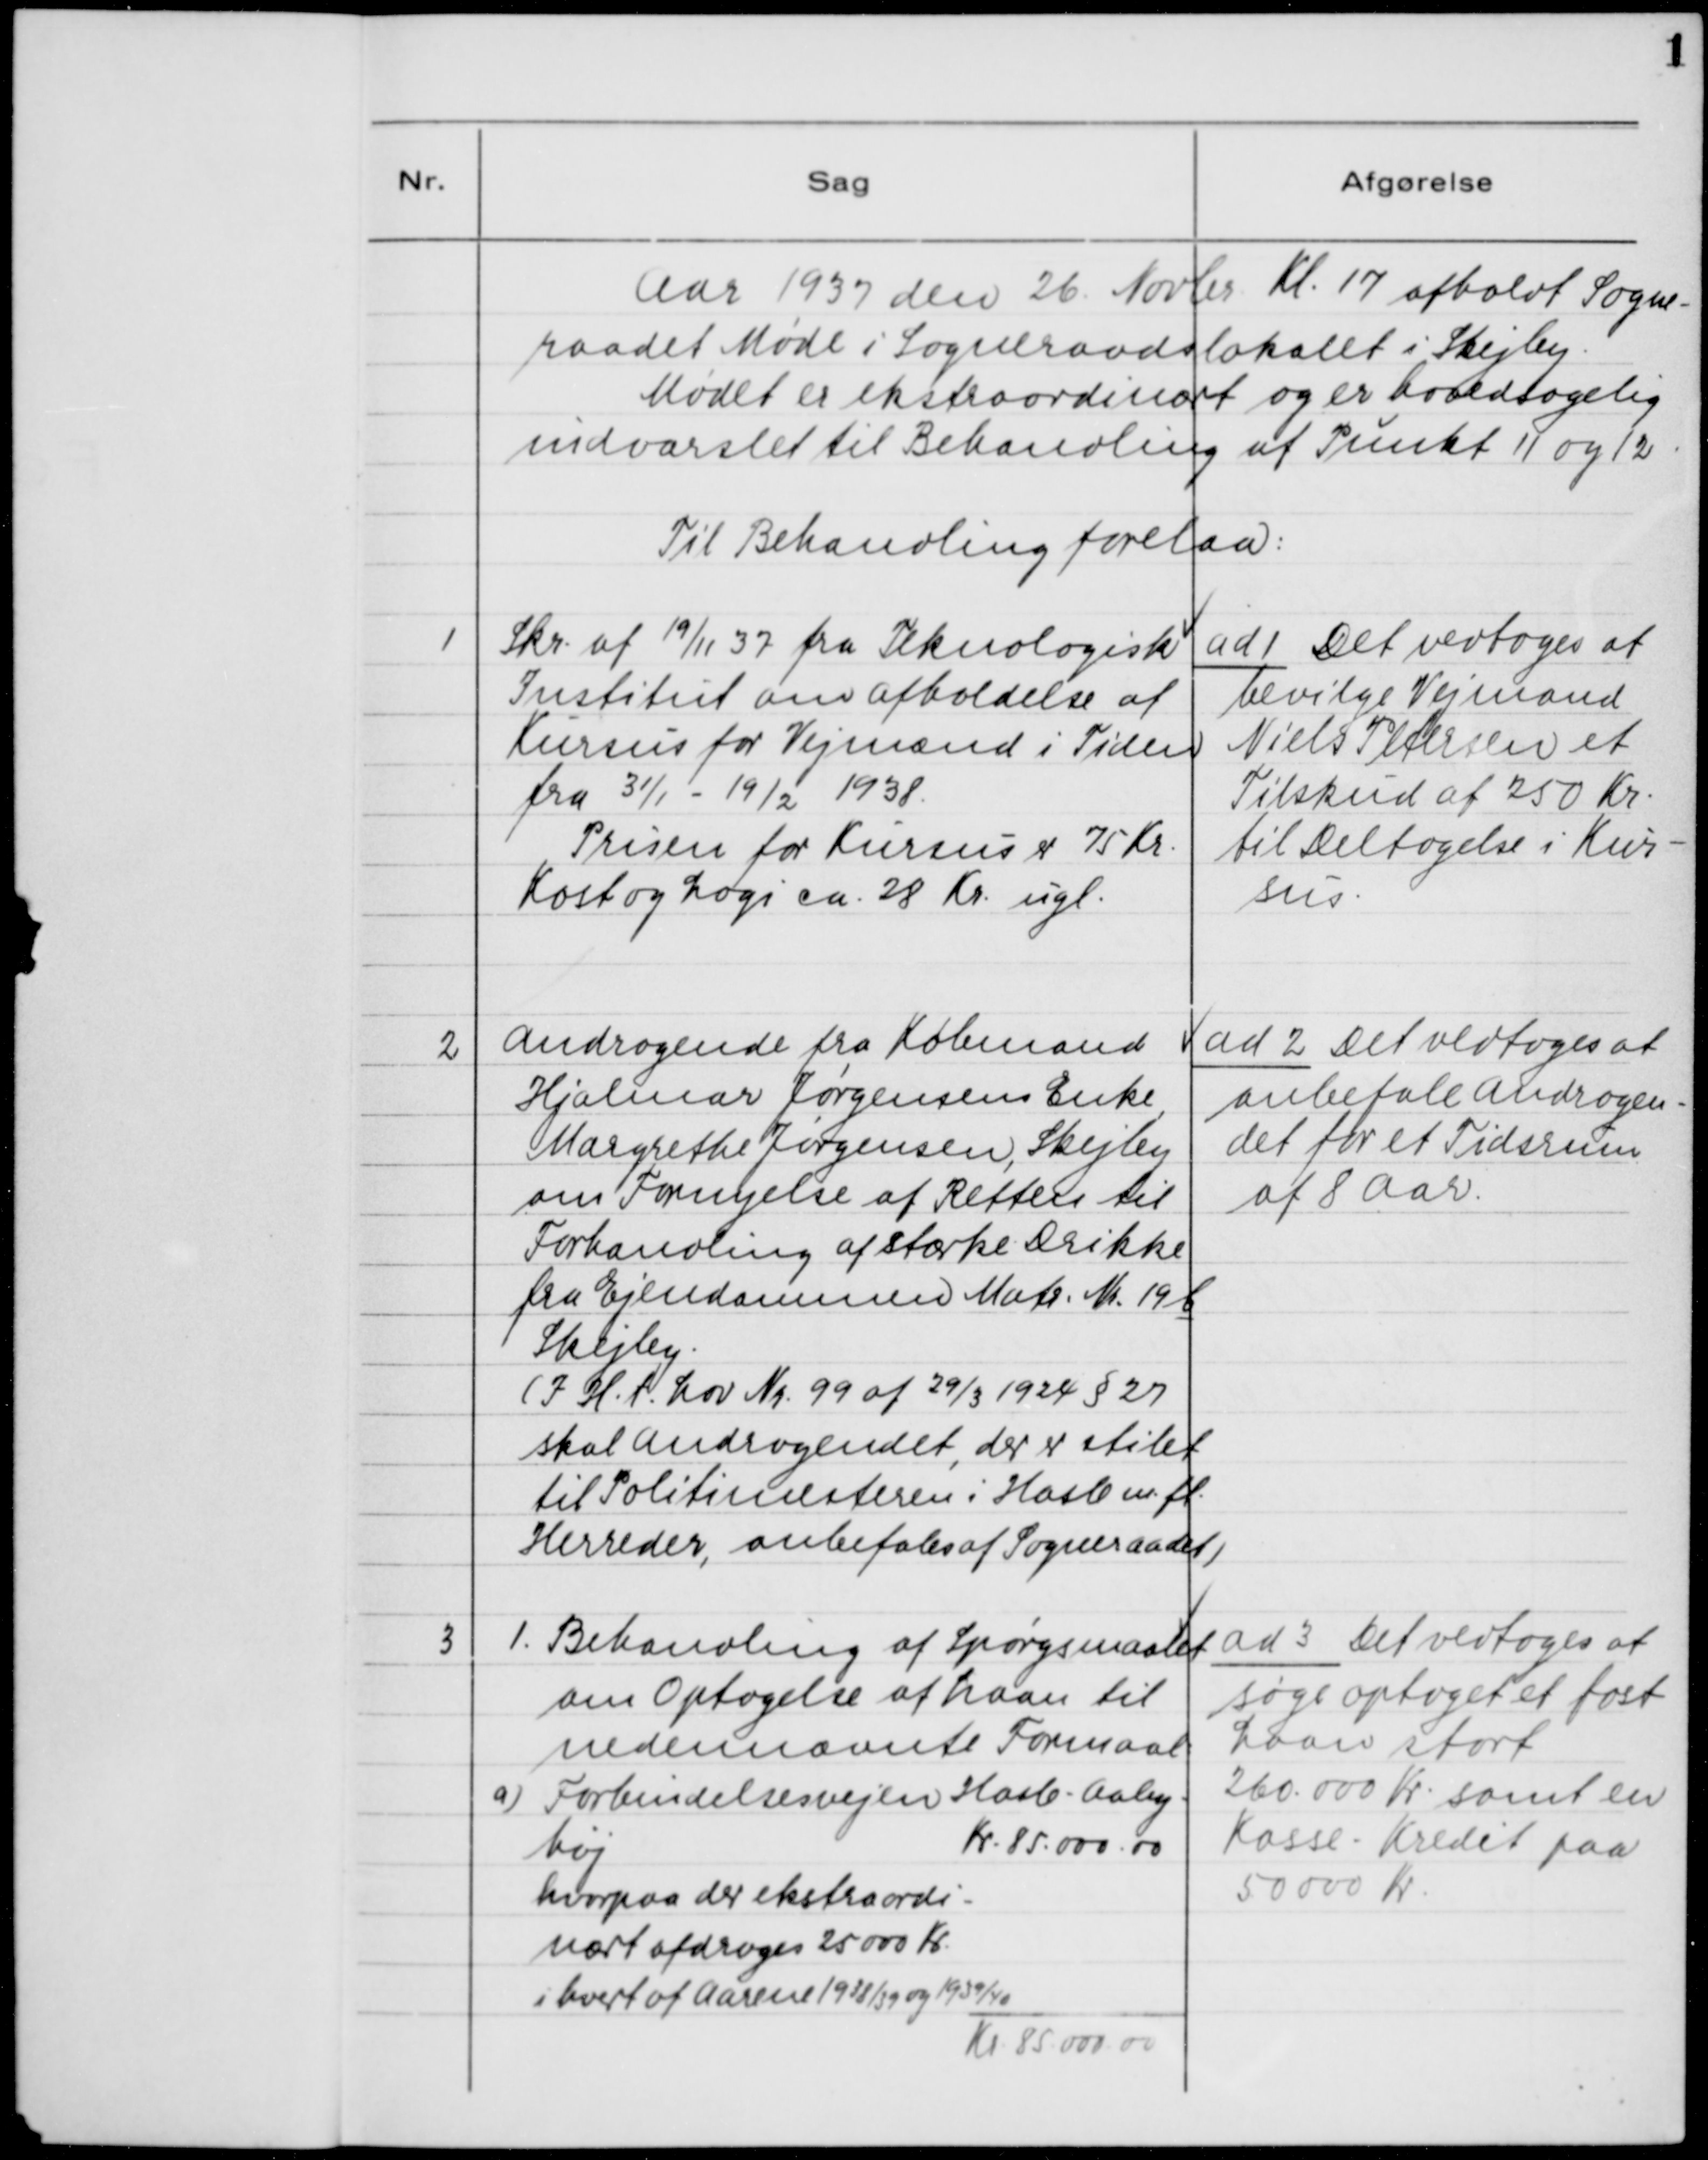
Transskription:
Aar 1937 den 26. Novbr. Kl. 17 afholdt Sogne-
raadet Møde i Sogneraadslokalet i Skejby.
Mødet er ekstraordinært og er hovedsagelig
indvarslet til Behandling af Punkt 11 og 12.
Til Behandling forelaa:

1. Skr. af 19/11 37 fra Teknologisk
Institut om afholdelse af
Kursus for Vejmænd i Tiden
fra 31/1 - 19/2 1938.
Prisen for Kursus 75 Kr.
Kost og Logi ca. 28 Kr. ugl.

ad 1. Det vedtoges at
bevilge Vejmand
Niels Petersen et
Tilskud af 750 Kr.
til Deltagelse i Kur-
sus.

2. Andragende fra Købmand
Hjalmar Jørgensens Enke
Margrethe Jørgensen, Skejby
om Fornyelse af Retten til
Forhandling af stærke Drikke
fra Ejendommen Matr. Nr. 19 b
Skejby.
(I .H.t. Lov Nr. 99 af 29/3 1924 § 27
skal Andragendet, der er stilet
til Politimesteren i Hasle m.fl.
Herreder, anbefales af Sogneraadet)

ad 2. Det vedtoges at
anbefale Andragen-
det for et Tidsrum
af 8 Aar.

3. 1. Behandling af Spørgsmaalet
om Optagelse af Laan til
nedennævnte Formaal:
a) Forbindelsesvejen Hasle - Aaby-
høj
Kr. 85.000.00
hvorpaa der ekstraordi-
nært afdrages 25 000 Kr.
i hvert af Aarene 1938/39 og 1939/40—
Kr. 85 000.00

ad 3. Det vedtoges at
søge optaget et fast
Laan stort
260.000 Kr. samt en
Kasse-Kredit paa
50 000 Kr.